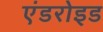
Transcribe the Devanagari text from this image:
एंडरोइड